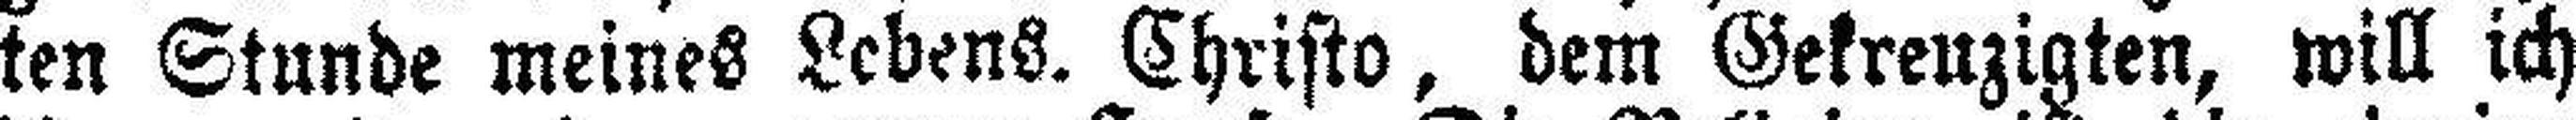
ten Stunde meines Lebens. Christo, dem Gekreuzigten, will ich